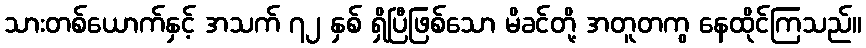
သားတစ်ယောက်နှင့် အသက် ၇၂ နှစ် ရှိပြီဖြစ်သော မိခင်တို့ အတူတကွ နေထိုင်ကြသည်။